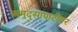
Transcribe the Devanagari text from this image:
समुद्र्सापाटीवर